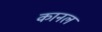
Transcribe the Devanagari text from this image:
कानल